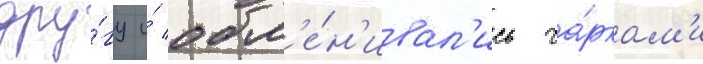
дру́гу и́ обм'е́н'ивал'ись ча́ркам'и